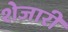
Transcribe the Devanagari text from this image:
शेजारीं